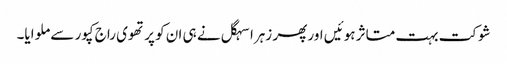
شوکت بہت متاثر ہوئیں اور پھر زہرا سہگل نے ہی ان کو پرتھوی راج کپور سے ملوایا۔